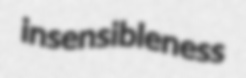
insensibleness